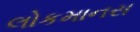
લોકમાનસ